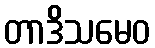
တာဒိသမေဝ